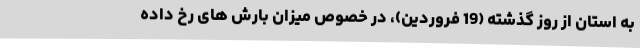
به استان از روز گذشته (19 فروردین)، در خصوص میزان بارش های رخ داده